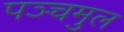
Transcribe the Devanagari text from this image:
पञ्चमुल